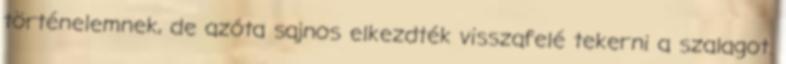
történelemnek, de azóta sajnos elkezdték visszafelé tekerni a szalagot.